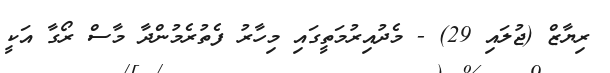
ރިޔާޒް (ޖުލައި 29) - މެދުއިރުމަތީގައި މިހާރު ފެތުރެމުންދާ މާސް ރޯގާ އަކީ